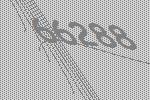
66288